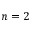
n = 2